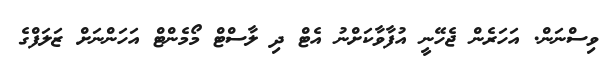
ވިސްނަން. އަހަރެން ޖެހޭނީ އުފާވާކަށްނު އެޓް ދި ލާސްޓް މޯމެންޓް އަހަންނަށް ޒަލަފްގެ